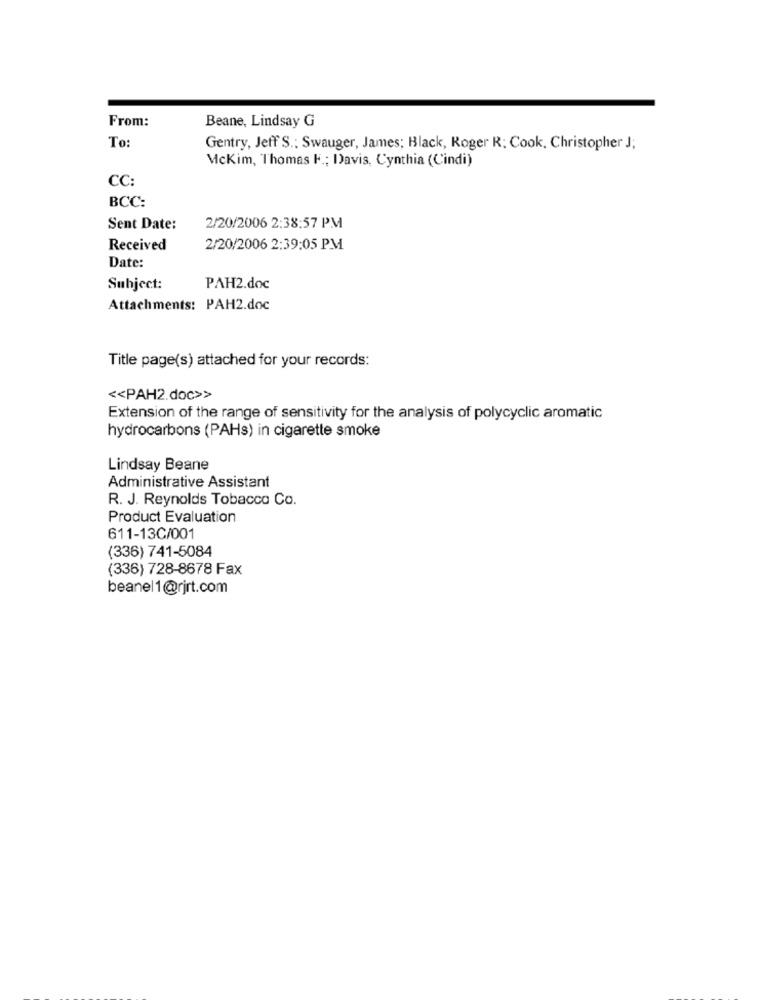
From:
Beane, Lindsay G
To
Gentry, Jeff S .: Swauger, James; Black, Roger R: Cook, Christopher J;
Mckim, Thomas F .; Davis, Cynthia (Cindi)
CC:
BCC:
Sent Date:
2/20/2006 2:38:57 PM
Received
2/20/2006 2:39:05 PM
Date:
Subject:
PAH2.doc
Attachments: PAH2.doc
Title page(s) attached for your records:
<< PAH2.doc>>
Extension of the range of sensitivity for the analysis of polycyclic aromatic
hydrocarbons (PAHs) in cigarette smoke
Lindsay Beane
Administrative Assistant
R. J. Reynolds Tobacco Co.
Product Evaluation
611-13C/001
(336) 741-5084
(336) 728-8678 Fax
beanel1@rjrt.com